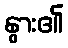
နွား၏